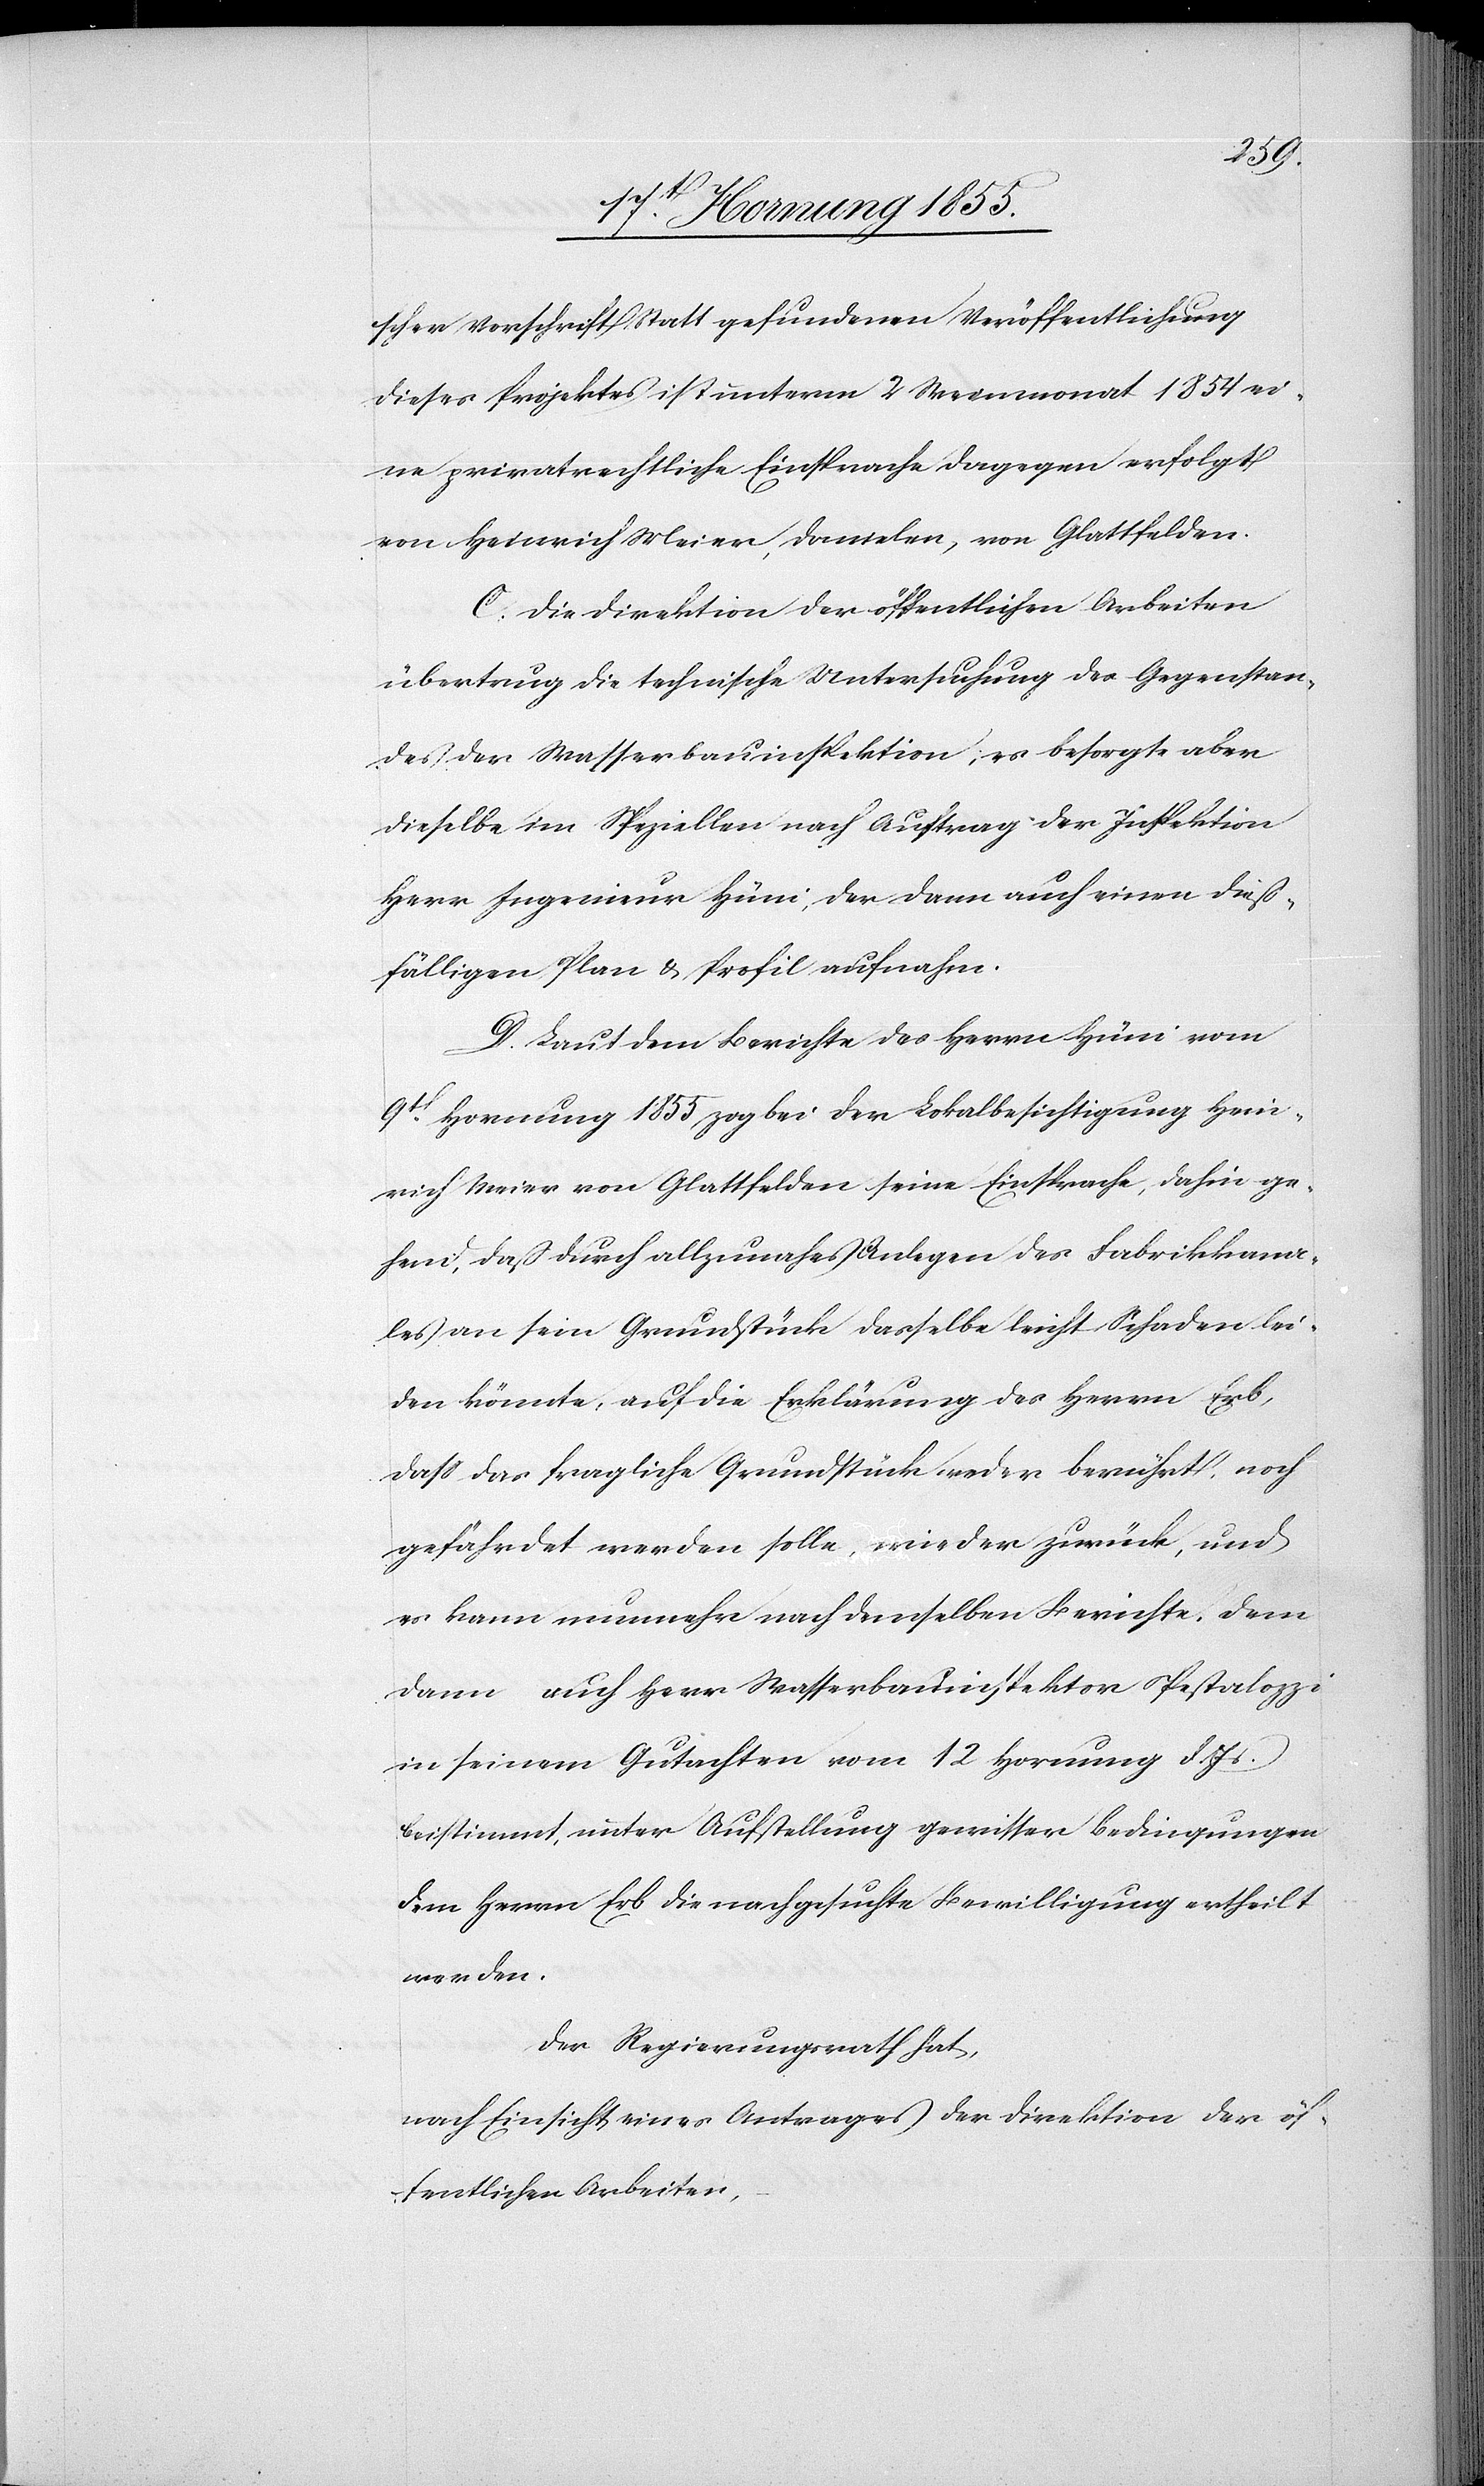
scher Vorschrift Statt gefundenen Veröffentlichung
dieses Projektes ist unterm 2 Weinmonat 1854 ei¬
ne privatrechtliche Einsprache dagegen erfolgt
von Heinrich Meier, Danielen, von Glattfelden.
C. Die Direktion der öffentlichen Arbeiten
übertrug die technische Untersuchung des Gegenstan¬
des der Wasserbauinspektion, es besorgte aber
dieselbe im Speziellen nach Auftrag der Inspektion
Herr Ingenieur Hüni, der dann auch einen dieß¬
fälligen Plan & Profil aufnahm.
D. Laut dem Berichte des Herrn Hüni vom
9t[en]. Hornung 1855 zog bei der Lokalbesichtigung Hein¬
rich Meier von Glattfelden seine Einsprache, dahin ge¬
hend, daß durch allzunahes Anlegen des Fabrikkana¬
les an sein Grundstück dasselbe leicht Schaden lei¬
den könnte, auf die Erklärung des Herrn Erb,
dass das fragliche Grundstück weder berührt, noch
gefährdet werden solle, wieder zurück, und
es kann nunmehr nach demselben Berichte, dem
dann auch Herr Wasserbauinspektor Pestalozzi
in seinem Gutachten vom 12 Hornung d. Js.
beistimmt, unter Aufstellung gewisser Bedingungen
dem Herrn Erb die nachgesuchte Bewilligung ertheilt
werden.
Der Regierungsrath hat,
nach Einsicht eines Antrages der Direktion der öf¬
fentlichen Arbeiten,